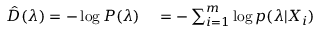
\begin{array} { r l } { \hat { D } ( \boldsymbol { \lambda } ) = - \log P ( \boldsymbol { \lambda } ) } & { { } = - \sum _ { i = 1 } ^ { m } \log p ( \boldsymbol { \lambda } | X _ { i } ) } \end{array}